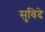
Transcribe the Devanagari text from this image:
सुविदे